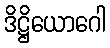
ဒိဋ္ဌိယောဂေါ